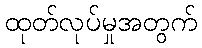
ထုတ်လုပ်မှုအတွက်